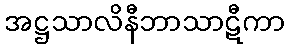
အဋ္ဌသာလိနီဘာသာဋီကာ